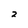
Character: 2